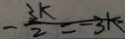
- \frac { 3 k } { 2 } = - 3 k